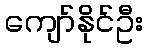
ကျော်နိုင်ဦး